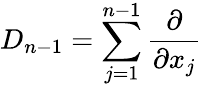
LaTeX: D_{n-1}=\sum_{j=1}^{n-1}{\frac{\partial}{\partial x_{j}}}